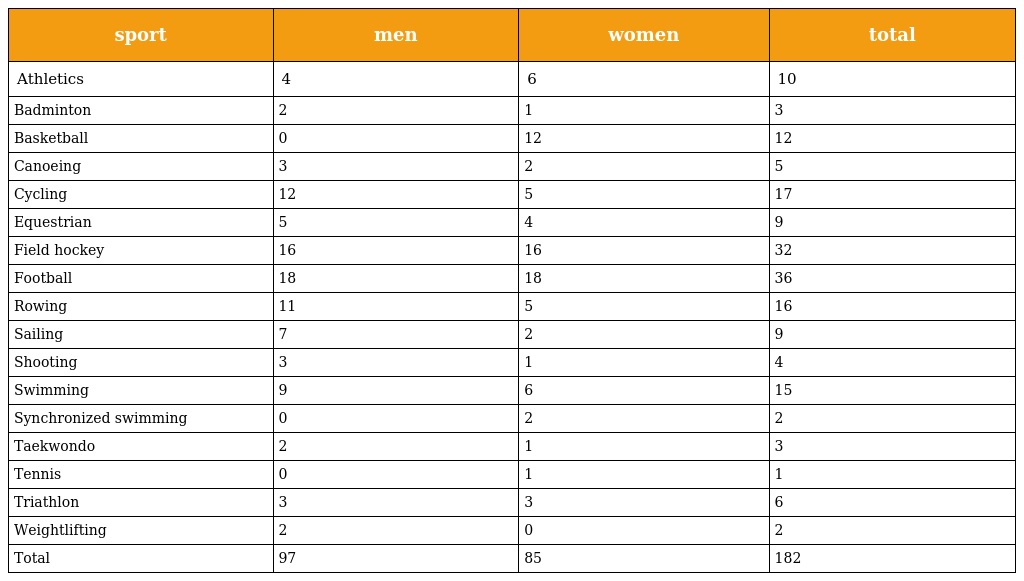
| sport | men | women | total |
 | --- | --- | --- | --- |
 | Athletics | 4 | 6 | 10 |
 | Badminton | 2 | 1 | 3 |
 | Basketball | 0 | 12 | 12 |
 | Canoeing | 3 | 2 | 5 |
 | Cycling | 12 | 5 | 17 |
 | Equestrian | 5 | 4 | 9 |
 | Field hockey | 16 | 16 | 32 |
 | Football | 18 | 18 | 36 |
 | Rowing | 11 | 5 | 16 |
 | Sailing | 7 | 2 | 9 |
 | Shooting | 3 | 1 | 4 |
 | Swimming | 9 | 6 | 15 |
 | Synchronized swimming | 0 | 2 | 2 |
 | Taekwondo | 2 | 1 | 3 |
 | Tennis | 0 | 1 | 1 |
 | Triathlon | 3 | 3 | 6 |
 | Weightlifting | 2 | 0 | 2 |
 | Total | 97 | 85 | 182 |